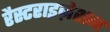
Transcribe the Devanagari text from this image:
रैस्टराइज़ेशन